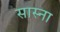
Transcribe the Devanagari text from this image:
सास्ना